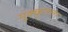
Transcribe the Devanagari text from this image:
मूक्कुतला